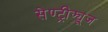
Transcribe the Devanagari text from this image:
सेण्ट्रीफ्यूज